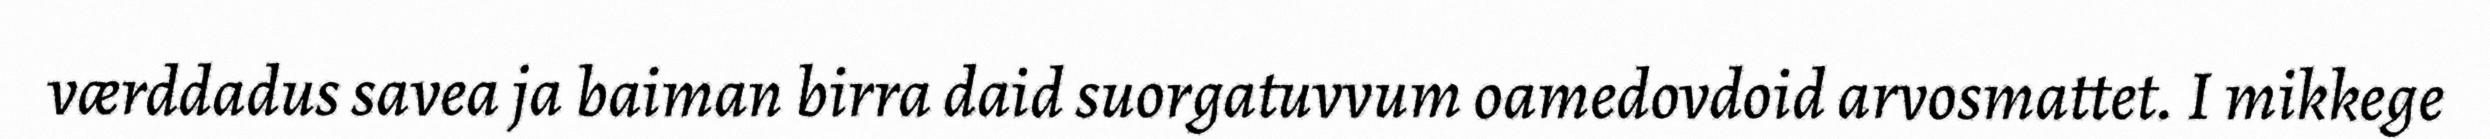
værddadus savea ja baiman birra daid suorgatuvvum oamedovdoid arvosmattet. I mikkege